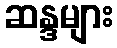
ဆန္ဒများ